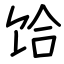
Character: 饸